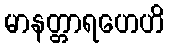
မာနတ္တာရဟေဟိ